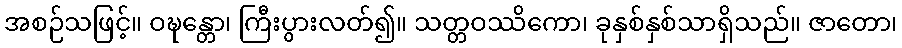
အစဉ်သဖြင့်။ ဝဍ္ဎန္တော၊ ကြီးပွားလတ်၍။ သတ္တဝဿိကော၊ ခုနှစ်နှစ်သာရှိသည်။ ဇာတော၊